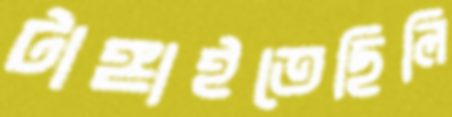
টাঙ্গাইতেছিলি